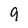
Character: 9